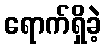
ရောက်ရှိခဲ့